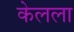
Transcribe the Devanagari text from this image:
केलला